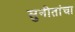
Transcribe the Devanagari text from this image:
सुनीतांचा